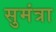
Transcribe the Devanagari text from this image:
सुमंत्रा